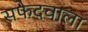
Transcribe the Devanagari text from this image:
सफेदवाला